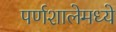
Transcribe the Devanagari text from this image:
पर्णशालेमध्ये